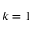
k = 1